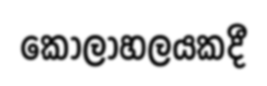
කෝලාහලයකදී